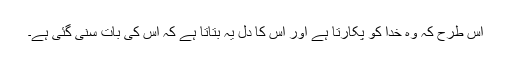
اس طرح کہ وہ خدا کو پکارتا ہے اور اس کا دل یہ بتاتا ہے کہ اس کی بات سنی گئی ہے۔